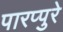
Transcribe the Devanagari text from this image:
पारप्पुरे